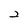
Character: 2